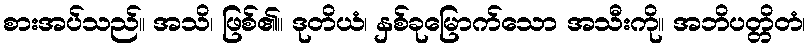
စားအပ်သည်။ အသိ၊ ဖြစ်၏။ ဒုတိယံ၊ နှစ်ခုမြောက်သော အသီးကို။ အဘိပတ္တိတံ၊